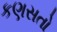
કણસતો